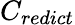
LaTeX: C_{redict}